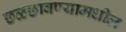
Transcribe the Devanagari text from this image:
छळछावण्यामधील